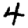
Digit: 4